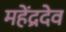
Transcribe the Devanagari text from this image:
महेंद्रदेव